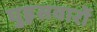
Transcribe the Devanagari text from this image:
घुड़़सवारों